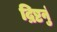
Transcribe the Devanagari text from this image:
द्रिष्टनुं